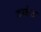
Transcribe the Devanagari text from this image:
श्कंद